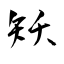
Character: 矨